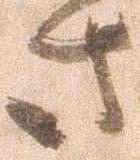
さ